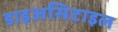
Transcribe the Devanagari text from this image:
डाइअसिटाइल